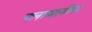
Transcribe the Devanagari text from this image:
फ्लायलीफ